Indian Medical Review
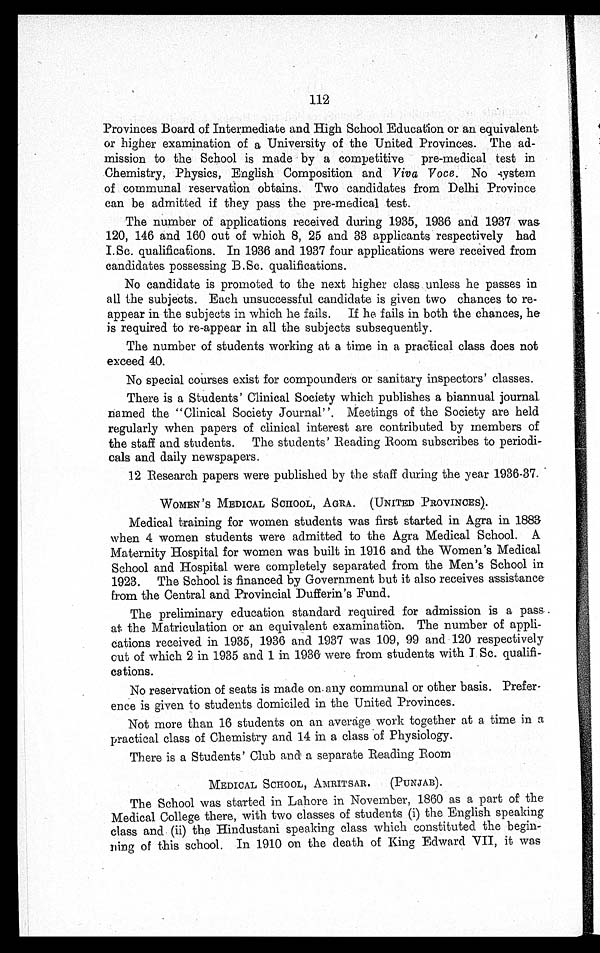
112
Provinces Board of Intermediate and High School Education or an equivalent
or higher examination of a University of the United Provinces. The ad-
mission to the School is made by a competitive pre-medical test in
Chemistry, Physics, English Composition and Viva voce. No system
of communal reservation obtains. Two candidates from Delhi Province
can be admitted if they pass the pre-medical test.
The number of applications received during 1935, 1936 and 1937 was
120, 146 and 160 out of which 8, 25 and 33 applicants respectively had
I.Sc. qualifications. In 1936 and 1937 four applications were received from
candidates possessing B.Sc. qualifications.
No candidate is promoted to the next higher class unless he passes in
all the subjects. Each unsuccessful candidate is given two chances to re-
appear in the subjects in which he fails. If he fails in both the chances, he
is required to re-appear in all the subjects subsequently.
The number of students working at a time in a practical class does not
exceed 40.
No special courses exist for compounders or sanitary inspectors' classes.
There is a Students' Clinical Society which publishes a biannual journal
named the "Clinical Society Journal". Meetings of the Society are held
regularly when papers of clinical interest are contributed by members of
the staff and students. The students' Reading Room subscribes to periodi-
cals and daily newspapers.
12 Research papers were published by the staff during the year 1936-37.
WOMEN ' S MEDICAL SCHOOL, AGRA. (UNITED .PROVINCES).
Medical training for women students was first started in Agra in 1883
when 4 women students were admitted to the Agra Medical School. A
Maternity Hospital for women was built in 1916 and the Women's Medical
School and Hospital were completely separated from the Men's School in
1923. The School is financed by Government but it also receives assistance
from the Central and Provincial Dufferin's Fund.
The preliminary education standard required for admission is a pass
at the Matriculation or an equivalent examination. The number of appli-
cations received in 1935, 1936 and 1937 was 109, 99 and 120 respectively
out of which 2 in 1935 and 1 in 1936 were from students with I Sc. qualifi-
cations.
No reservation of seats is made on any communal or other basis. Prefer-
ence is given to students domiciled in the United Provinces.
Not more than 16 students on an average work together at a time in a
practical class of Chemistry and 14 in a class of Physiology.
There is a Students' Club and a separate Reading Room
MEDICAL SCHOOL, AMRITSAR. (PUNJAB).
The School was started in Lahore in November, 1860 as a part of the
Medical College there, with two classes of students (i) the English speaking
class and (ii) the Hindustani speaking class which constituted the begin-
ning of this school. In 1910 on the death of King Edward VII, it was